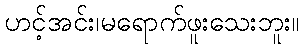
ဟင့်အင်း၊မရောက်ဖူးသေးဘူး။